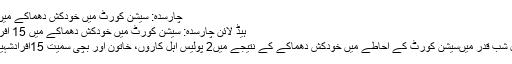
چارسدہ: سیشن کورٹ میں خودکش دھماکے میں 15 افراد شہید - ہم سب
ہیڈ لائن چارسدہ: سیشن کورٹ میں خودکش دھماکے میں 15 افراد شہید 07-03-2016
مہمند ایجنسی کی تحصیل شب قدر میںسیشن کورٹ کے احاطے میں خودکش دھماکے کے نتیجے میں2 پولیس اہل کاروں، خاتون اور بچی سمیت 15افرادشہید اور 20 زخمی ہوگئے۔